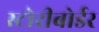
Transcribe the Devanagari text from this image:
स्टोरीबोर्डर